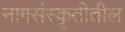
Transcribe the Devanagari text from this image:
नागसंस्कृतीतील